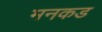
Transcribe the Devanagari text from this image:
मनकड